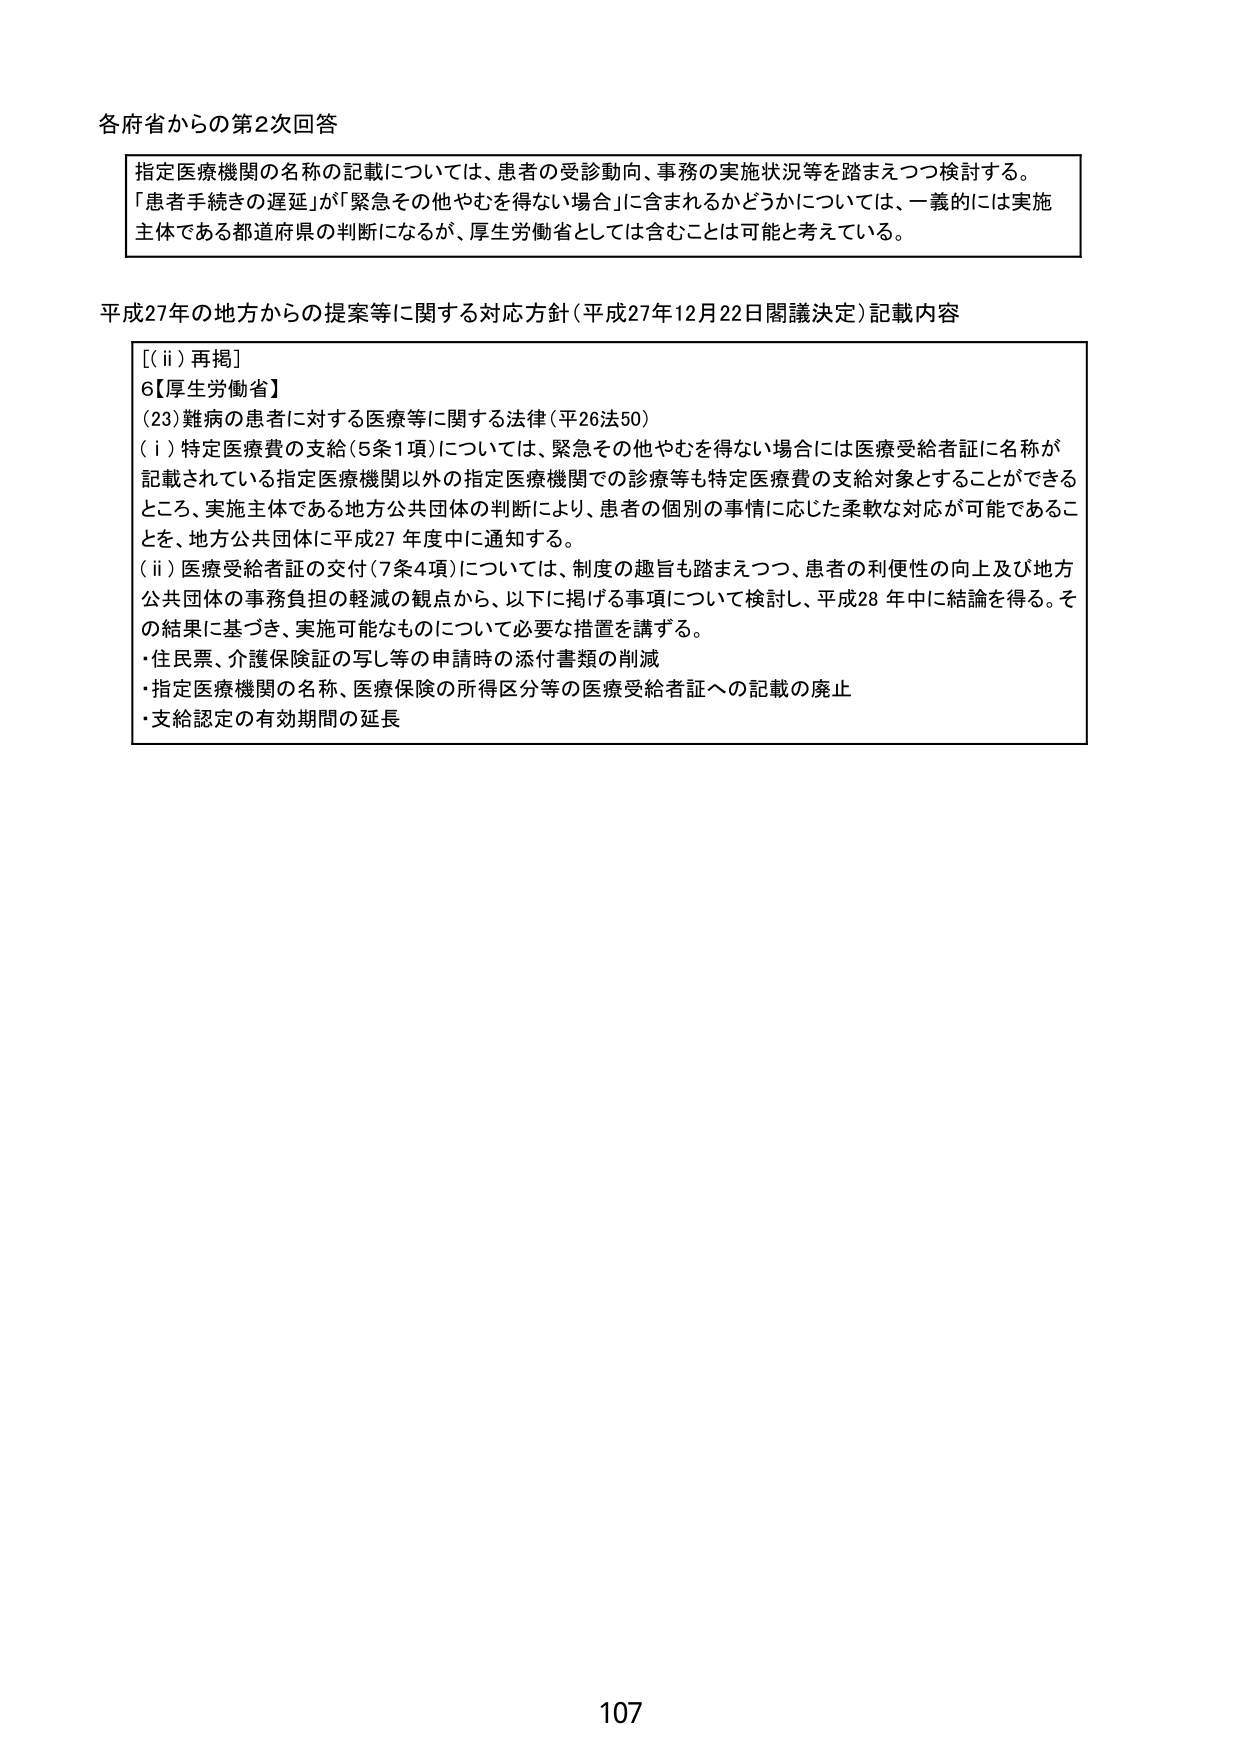
各府省からの第2次回答

指定医療機関の名称の記載については、患者の受診動向、事務の実施状況等を踏まえつつ検討する。
「患者手続きの遅延」が「緊急その他やむを得ない場合」に含まれるかどうかについては、一義的には実施主体である都道府県の判断になるが、厚生労働省としては含むことは可能と考えている。

平成27年の地方からの提案等に関する対応方針（平成27年12月22日閣議決定）記載内容

〔(ii) 再掲〕
6【厚生労働省】
(23) 難病の患者に対する医療等に関する法律（平26法50）
(i) 特定医療費の支給（5条1項）については、緊急その他やむを得ない場合には医療受給者証に名称が記載されている指定医療機関以外の指定医療機関での診療等も特定医療費の支給対象とすることができるところ、実施主体である地方公共団体の判断により、患者の個別の事情に応じた柔軟な対応が可能であることを、地方公共団体に平成27年度中に通知する。
(ii) 医療受給者証の交付（7条4項）については、制度の趣旨も踏まえつつ、患者の利便性の向上及び地方公共団体の事務負担の軽減の観点から、以下に掲げる事項について検討し、平成28年中に結論を得る。その結果に基づき、実施可能なものについて必要な措置を講ずる。
・住民票、介護保険証の写し等の申請時の添付書類の削減
・指定医療機関の名称、医療保険の所得区分等の医療受給者証への記載の廃止
・支給認定の有効期間の延長

107